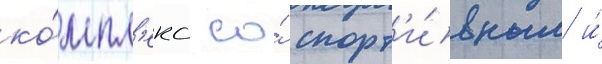
ко́мпл'екс со́ спорт'и́вным и́